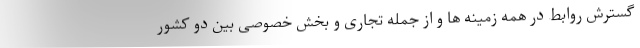
گسترش روابط در همه زمینه ها و از جمله تجاری و بخش خصوصی بین دو کشور